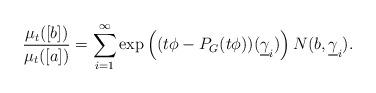
LaTeX: \begin{align*}\frac{\mu_{t}([b])}{\mu_{t}([a])}=\sum_{i=1}^{\infty}\exp\left((t\phi-P_{G}(t\phi))(\underline{\gamma}_i)\right)N(b,\underline{\gamma}_i). \end{align*}